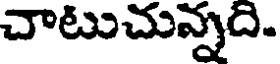
చాటుచున్నది.